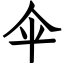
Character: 伞